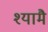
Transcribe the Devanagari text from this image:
श्यामै